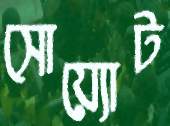
সোয়্যোট